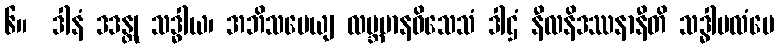
၆။  ဒါနံ ဒဒန္တု သဒ္ဓါယ၊ အဘိသပေယျ လဗ္ဘမာနဝိသေသံ ဒါဌံ နီလနိဒဿနာနီတိ သဒ္ဓါဗလံပေ